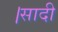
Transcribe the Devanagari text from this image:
।सादी